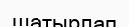
шатырлап